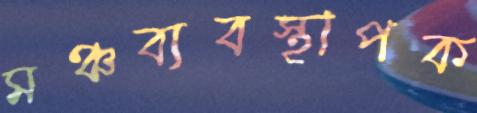
মঞ্চব্যবস্থাপক